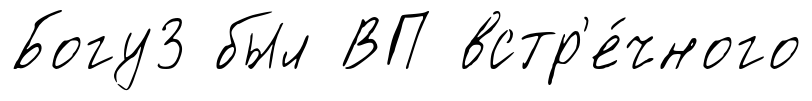
Богу3 был ВП встр'е́чного